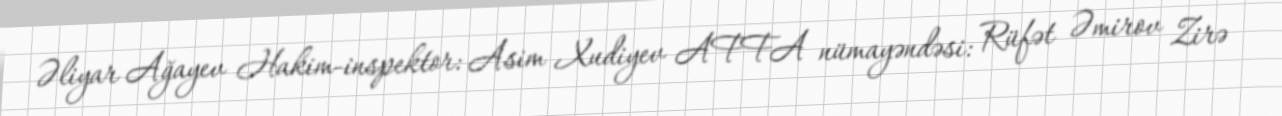
Əliyar Ağayev Hakim-inspektor: Asim Xudiyev AFFA nümayəndəsi: Rüfət Əmirov Zirə